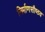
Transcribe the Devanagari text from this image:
निर्माणसौष्ठव